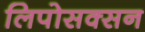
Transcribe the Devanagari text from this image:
लिपोसक्सन